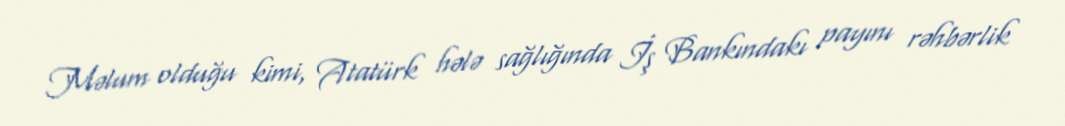
Məlum olduğu kimi, Atatürk hələ sağlığında İş Bankındakı payını rəhbərlik